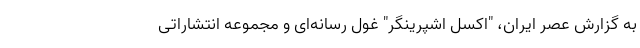
به گزارش عصر ایران، "اکسل اشپرینگر" غول رسانه‌ای و مجموعه انتشاراتی